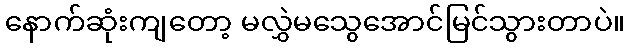
နောက်ဆုံးကျတော့ မလွှဲမသွေအောင်မြင်သွားတာပဲ။